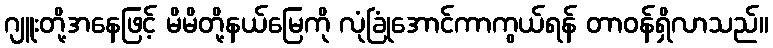
ဂျူးတို့အနေဖြင့် မိမိတို့နယ်မြေကို လုံခြုံအောင်ကာကွယ်ရန် တာဝန်ရှိလာသည်။